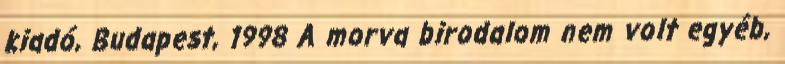
kiadó, Budapest, 1998 A morva birodalom nem volt egyéb,